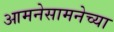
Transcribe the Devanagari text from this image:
आमनेसामनेच्या